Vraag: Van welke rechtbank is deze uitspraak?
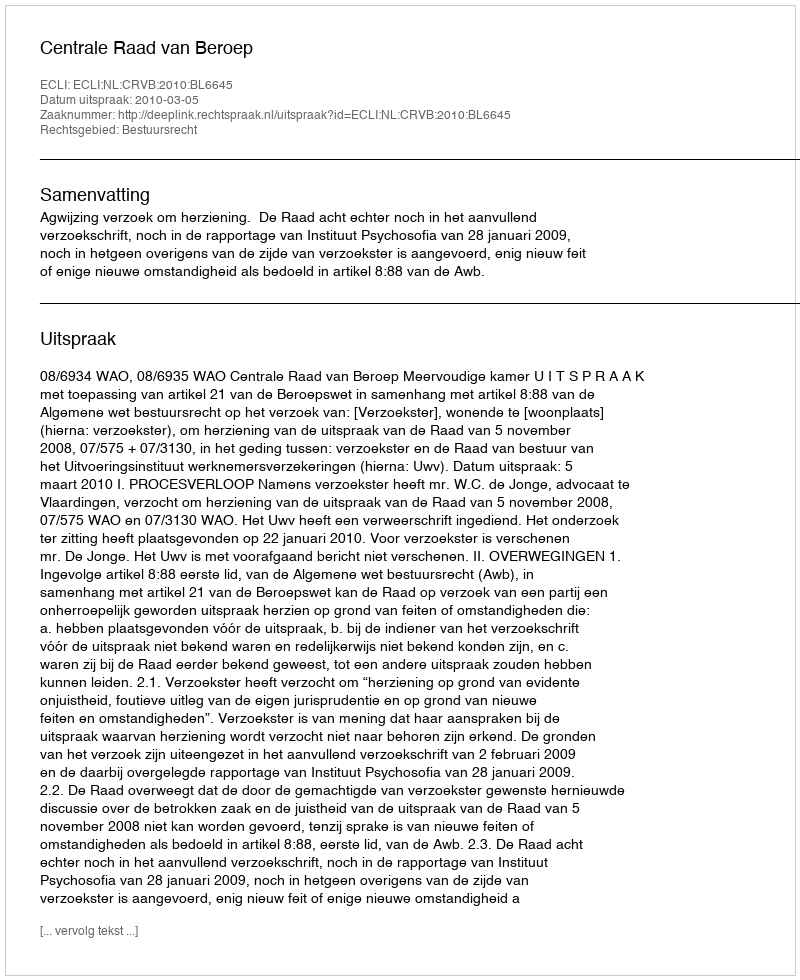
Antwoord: Centrale Raad van Beroep